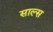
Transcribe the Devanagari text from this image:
साल्स